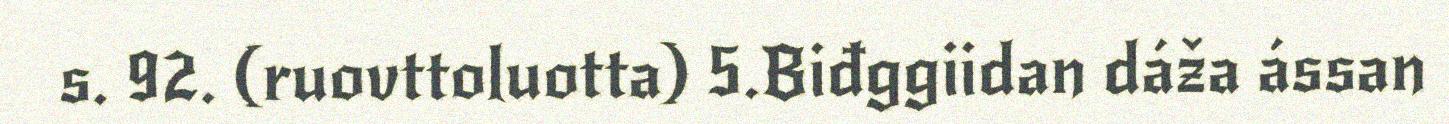
s. 92. (ruovttoluotta) 5.Biđggiidan dáža ássan